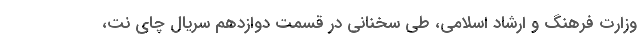
وزارت فرهنگ و ارشاد اسلامی، طی سخنانی در قسمت دوازدهم سریال چای نت،